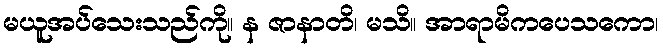
မယူအပ်သေးသည်ကို။ န ဇာနာတိ၊ မသိ။ အာရာမိကပေသကော၊